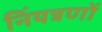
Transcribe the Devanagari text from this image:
निंयत्रणों